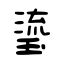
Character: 瑬